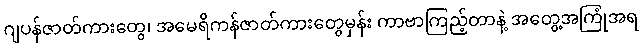
ဂျပန်ဇာတ်ကားတွေ၊ အမေရိကန်ဇာတ်ကားတွေမှန်း ကာဗာကြည့်တာနဲ့ အတွေ့အကြုံအရ